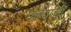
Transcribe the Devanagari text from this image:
मेळ्यांची